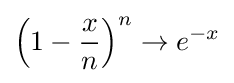
\left(1-{\frac {x}{n}}\right)^{n}\to e^{-x}